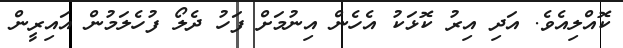
ކޮއްލިއެވެ. އަދި އިރު ކޮޅަކު އެހެން އިނުމަށް ފަހު ދެލޯ ފުހެލަމުން އައިރީން